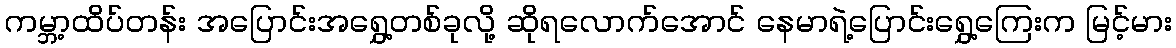
ကမ္ဘာ့ထိပ်တန်း အပြောင်းအရွှေ့တစ်ခုလို့ ဆိုရလောက်အောင် နေမာရဲ့ပြောင်းရွှေ့ကြေးက မြင့်မား